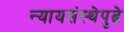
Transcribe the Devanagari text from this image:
न्यायसंस्थेपुढे